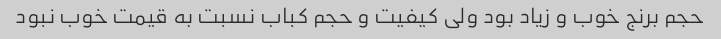
حجم برنج خوب و زیاد بود ولی کیفیت و حجم کباب نسبت به قیمت خوب نبود